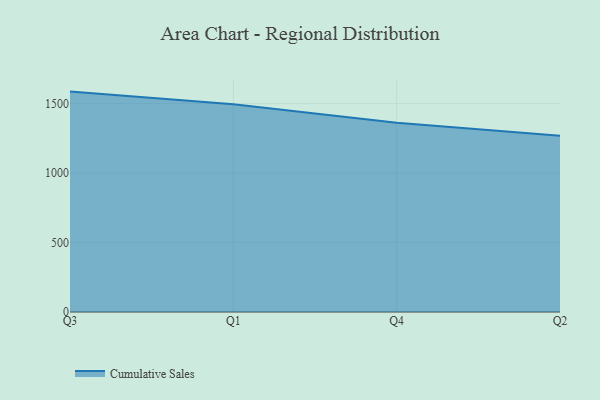
{"axis": {"x": "Quarter", "y": "Market Share (%)"}, "legend": ["Cumulative Sales"], "data": [{"x": "Q3", "y": 1586.7, "type": "Cumulative Sales"}, {"x": "Q1", "y": 1495.8, "type": "Cumulative Sales"}, {"x": "Q4", "y": 1363.2, "type": "Cumulative Sales"}, {"x": "Q2", "y": 1268.5, "type": "Cumulative Sales"}]}